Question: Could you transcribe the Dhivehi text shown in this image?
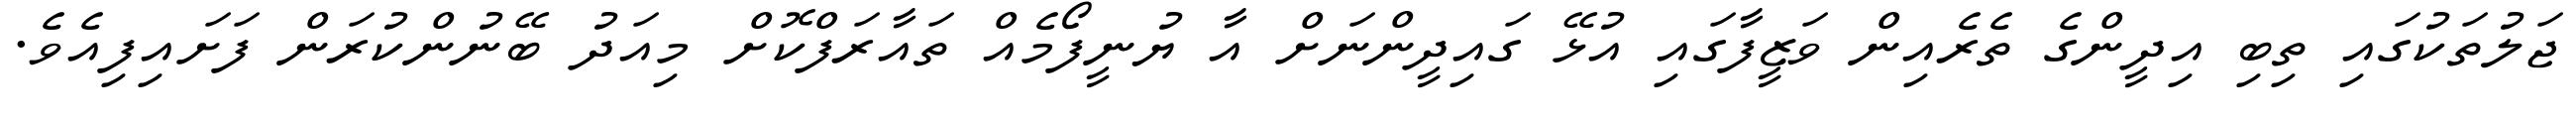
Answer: ޖަލުތަކުގައި ތިބި އިދީންގެ ތެރެއިން ވަޒީފާގައި އުޅޭ ގައިދީންނަށް އާ ޔުނީފޯމެއް ތައާރަފްކޮށް މިއަދު ބޭނުންކުރަން ފަށައިފިއެވެ.